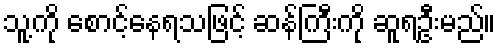
သူ့ကို စောင့်နေရသဖြင့် ဆန်ကြီးကို ဆူရဦးမည်။